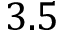
3 . 5